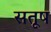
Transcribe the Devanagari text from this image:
सतूष